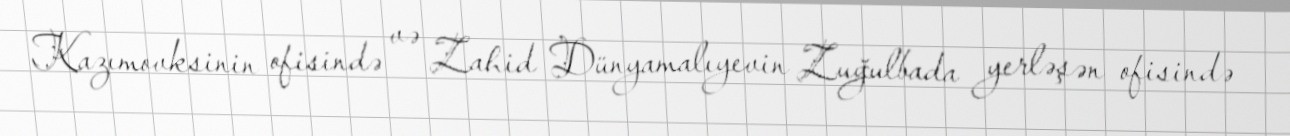
Kazımovksinin ofisində və Zahid Dünyamalıyevin Zuğulbada yerləşən ofisində